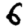
Digit: 6